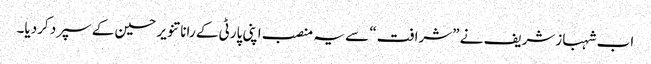
اب شہبازشریف نے ”شرافت“ سے یہ منصب اپنی پارٹی کے رانا تنویر حسین کے سپرد کردیا۔